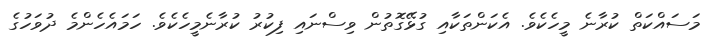
މަސައްކަތް ކުރާނެ މީހެކެވެ. އެކަންތަކާއި ގުޅޭގޮތުން ވިސްނައި ފިކުރު ކުރާނެމީހެކެވެ. ހަމައެހެންމެ ދުވަހުގެ